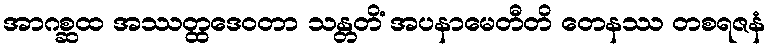
အာဂစ္ဆထ အဿတ္ထဒေဝတာ သန္တတိံ အပနာမေတီတိ တေနဿ တစရဇနံ